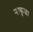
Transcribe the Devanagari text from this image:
नाकुजा